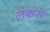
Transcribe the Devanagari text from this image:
लेकरूं